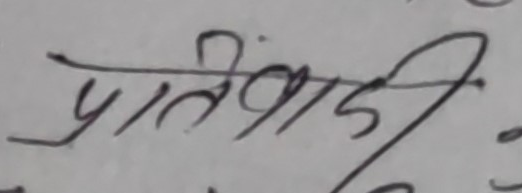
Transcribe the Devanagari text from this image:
प्रतिवादी